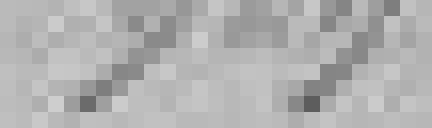
909,90